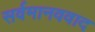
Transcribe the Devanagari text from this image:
सर्वमानववाद